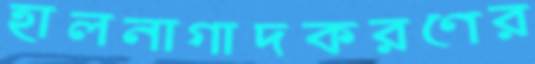
হালনাগাদকরণের